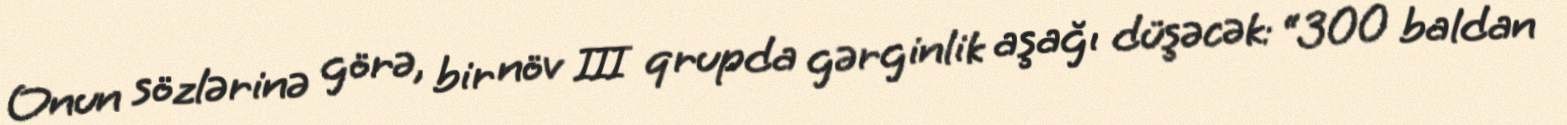
Onun sözlərinə görə, bir növ III qrupda gərginlik aşağı düşəcək: “300 baldan